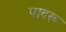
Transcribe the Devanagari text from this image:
पादरू